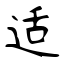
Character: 适